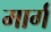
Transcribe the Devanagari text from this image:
मार्ग